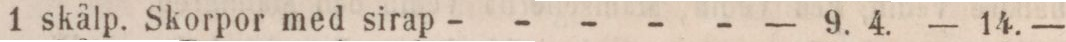
1 skålp. Skorpor med sirap - - - - -    — 9. 4.    — 14. —